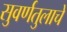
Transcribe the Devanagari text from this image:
सुवर्णतुलाचे